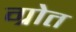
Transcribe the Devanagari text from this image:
ग्रोत